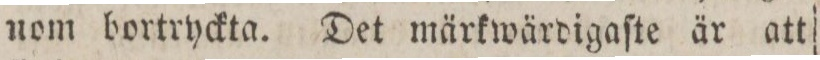
nom bortryckta. Det märkwärdigaſte är att